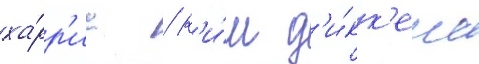
ха́рр'ис / к'и́м д'и́кк'енс